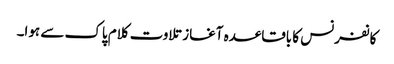
کانفرنس کا باقاعدہ آغاز تلاوت کلام پاک سے ہوا۔